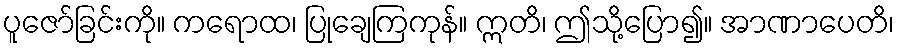
ပူဇော်ခြင်းကို။ ကရောထ၊ ပြုချေကြကုန်။ ဣတိ၊ ဤသို့ပြော၍။ အာဏာပေတိ၊